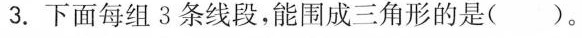
3.下面每组3条线段，能围成三角形的是( )。